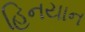
હિનયાન